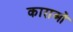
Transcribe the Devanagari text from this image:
काराओं